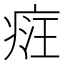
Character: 𤶶